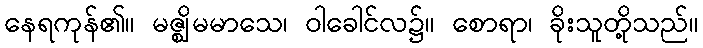
နေရကုန်၏။ မဇ္ဈိမမာသေ၊ ဝါခေါင်လ၌။ စောရာ၊ ခိုးသူတို့သည်။